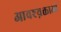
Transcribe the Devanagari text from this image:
आवश्य़क्ताओं